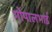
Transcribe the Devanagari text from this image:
गोपालभाई